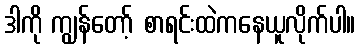
ဒါကို ကျွန်တော့် စာရင်းထဲကနေယူလိုက်ပါ။